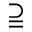
\supseteqq